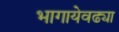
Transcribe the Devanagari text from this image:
भागायेवढ्या